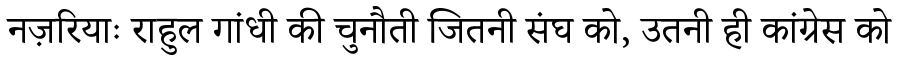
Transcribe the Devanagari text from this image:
नज़रियाः राहुल गांधी की चुनौती जितनी संघ को, उतनी ही कांग्रेस को